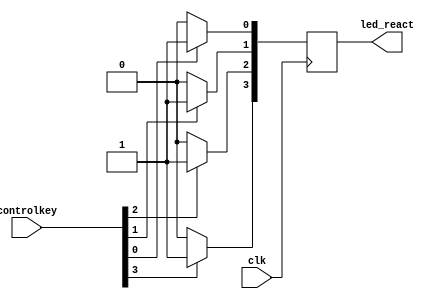
module reactled (
    clk,
    controlkey,
    led_react
);
  input clk;
  input [3:0] controlkey;
  output reg [3:0] led_react;
  always @(posedge clk) begin
    if (controlkey[0] == 0) begin
      led_react[0] <= 0;
    end else led_react[0] <= 1;
    if (controlkey[1] == 0) begin
      led_react[1] <= 0;
    end else led_react[1] <= 1;
    if (controlkey[2] == 0) begin
      led_react[2] <= 0;
    end else led_react[2] <= 1;
    if (controlkey[3] == 0) begin
      led_react[3] <= 0;
    end else led_react[3] <= 1;
  end
endmodule